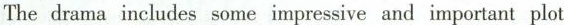
The drama includes some impressive and important plot